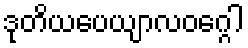
ဒုတိယပေယျာလဝဂ္ဂေါ